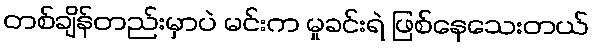
တစ်ချိန်တည်းမှာပဲ မင်းက မှုခင်းရဲ ဖြစ်နေသေးတယ်